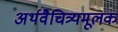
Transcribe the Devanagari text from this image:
अर्थवैचित्र्यमूलक